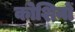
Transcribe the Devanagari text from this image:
कोशिनों